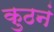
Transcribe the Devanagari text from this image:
कुठनं